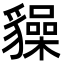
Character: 𧴜